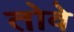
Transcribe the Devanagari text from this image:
तोवे